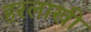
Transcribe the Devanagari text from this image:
हरलाखी